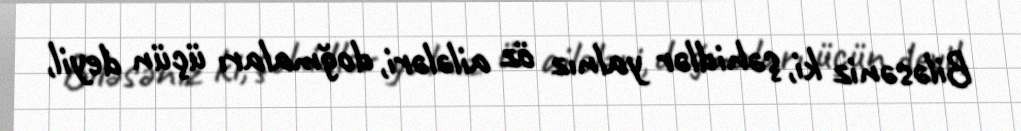
Biləsəniz ki, şəhidlər yalnız öz ailələri, doğmaları üçün deyil,